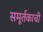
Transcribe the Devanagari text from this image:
समूर्तकाची